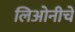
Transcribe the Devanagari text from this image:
लिओनीचे